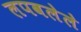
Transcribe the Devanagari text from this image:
लपवलेले